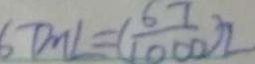
6 7 m L = ( \frac { 6 7 } { 1 0 0 0 } ) 2